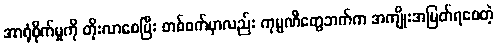
အာရုံစိုက်မှုကို တိုးလာစေပြီး တစ်ဖက်မှာလည်း ကုမ္ပဏီတွေဘက်က အကျိုးအမြတ်ရစေတဲ့